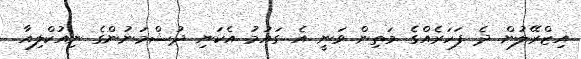
އިޒްރޭލުން ދެ ފަހަރެއްގެ މަތިން ވަނީ އެ ގައުމު އެކަނި ދުޝްމަނުންގެ ނިއުކްލިއާ